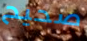
صحيح